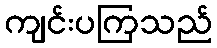
ကျင်းပကြသည်